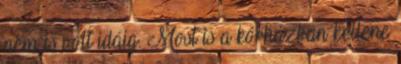
nem is volt idáig. Most is a kórházban kellene